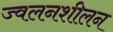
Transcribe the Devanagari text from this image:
ज्वलनशीलन